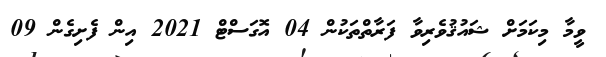
ވީމާ މިކަމަށް ޝައުޤުވެރިވާ ފަރާތްތަކުން 04 އޮގަސްޓް 2021 އިން ފެށިގެން 09